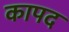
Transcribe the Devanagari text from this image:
कापद